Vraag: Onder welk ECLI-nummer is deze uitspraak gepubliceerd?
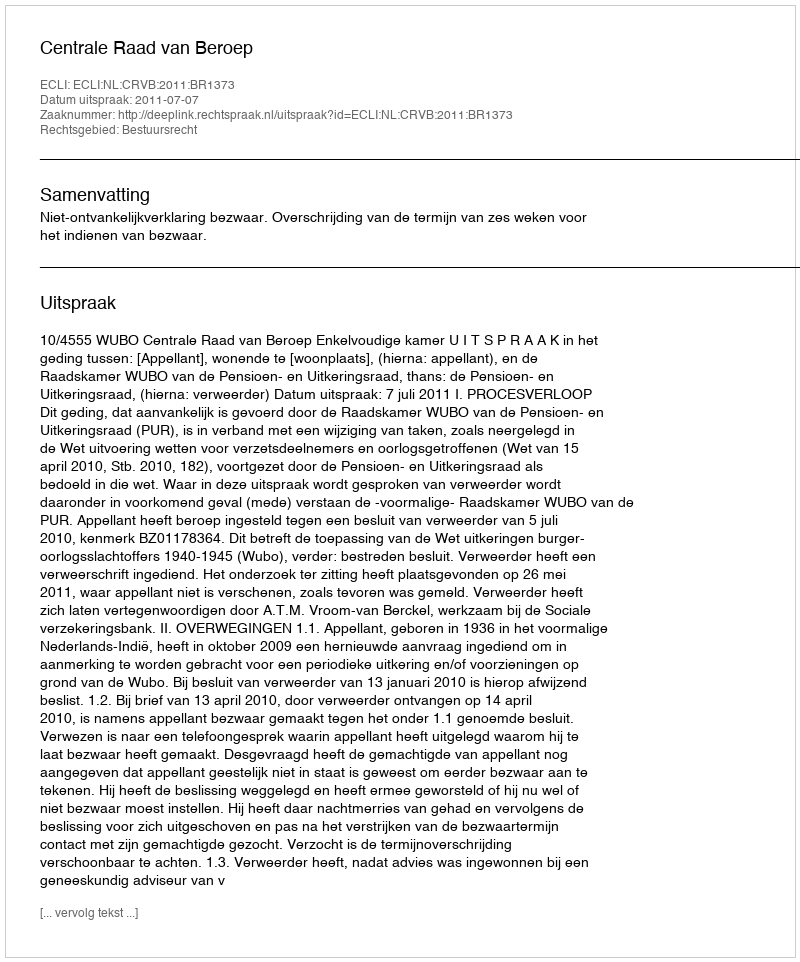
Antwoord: ECLI:NL:CRVB:2011:BR1373